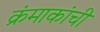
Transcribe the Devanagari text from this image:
क्रंमाकांची